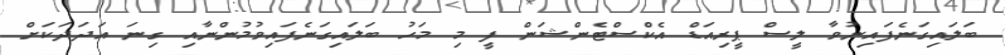
ބަލައިގަނެފައިނުވާ ލީސް ޕީރިއަޑް އެކްސްޓެންޝަން ފީ މި މަހު ބަލައިގަނެފައިވުމުންނާއި ގިނަ އަދަދަކަށް